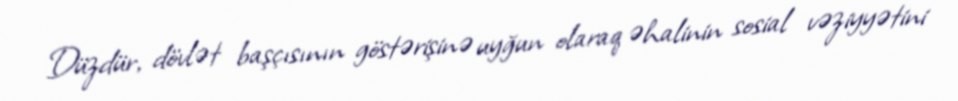
Düzdür, dövlət başçısının göstərişinə uyğun olaraq əhalinin sosial vəziyyətini